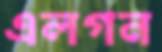
এলগন